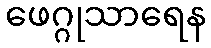
ဖေဂ္ဂုသာရေန